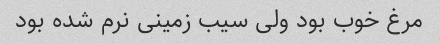
مرغ خوب بود ولی سیب زمینی نرم شده بود